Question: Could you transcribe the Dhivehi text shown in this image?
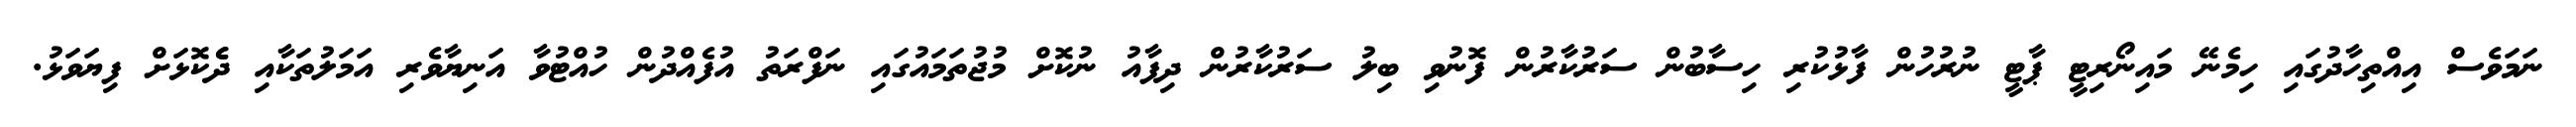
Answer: ނަމަވެސް އިއްތިހާދުގައި ހިމެނޭ މައިނޯރިޓީ ޕާޓީ ނުރުހުން ފާޅުކުރި ހިސާބުން ސަރުކާރުން ފޮނުވި ބިލު ސަރުކާރުން ދިފާއު ނުކޮށް މުޖުތަމައުގައި ނަފްރަތު އުފެއްދުން ހުއްޓުވާ އަނިޔާވެރި އަމަލުތަކާއި ދެެކޮޅަށް ފިޔަވަޅު.